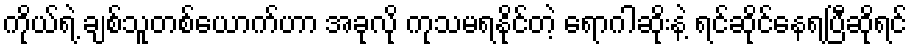
ကိုယ်ရဲ့ ချစ်သူတစ်ယောက်ဟာ အခုလို ကုသမရနိုင်တဲ့ ရောဂါဆိုးနဲ့ ရင်ဆိုင်နေရပြီဆိုရင်